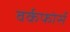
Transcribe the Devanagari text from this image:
वर्कफोर्स